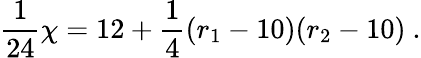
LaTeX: {\frac{1}{24}}\chi=12+{\frac{1}{4}}(r_{1}-10)(r_{2}-10)~.